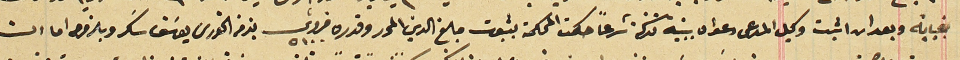
بغيابه وبعد ان اثبت وكيل المدعى دعواه ببينة تزكها شرعاً حكمت المحكمة بثبوت مبلغ الدين المحر وقدره قروش ٥١٠٠ بذمة الخورى يوسَف سَكر ويلزموه اما ان